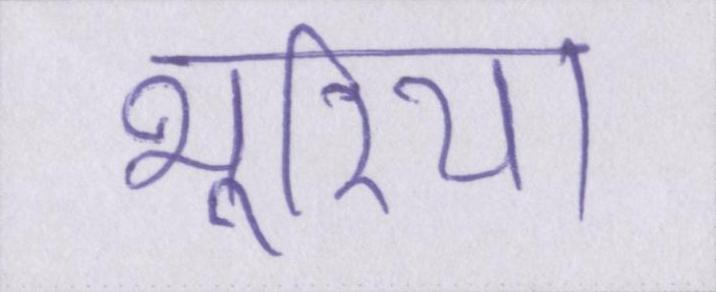
भूरिया